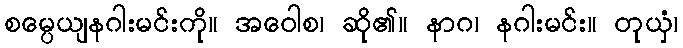
စမ္ပေယျနဂါးမင်းကို။ အဝေါစ၊ ဆို၏။ နာဂ၊ နဂါးမင်း။ တုယှံ၊